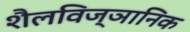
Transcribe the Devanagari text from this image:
शैलविज्ञानिक